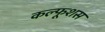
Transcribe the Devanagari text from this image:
कल्फूशस